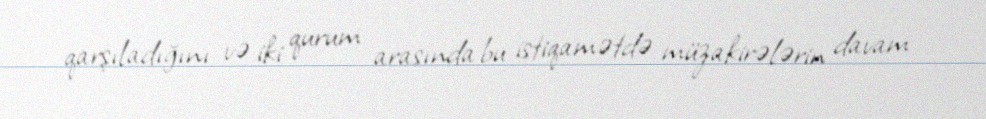
qarşıladığını və iki qurum arasında bu istiqamətdə müzakirələrin davam